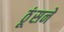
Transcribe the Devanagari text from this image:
ठूंसने